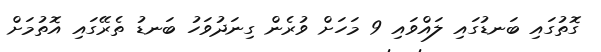
ގޮތުގައި ބަނޑުގައި ލައްވައި 9 މަހަށް ވުރެން ގިނަދުވަހު ބަނޑު ތެރޭގައި އޮތުމަށް